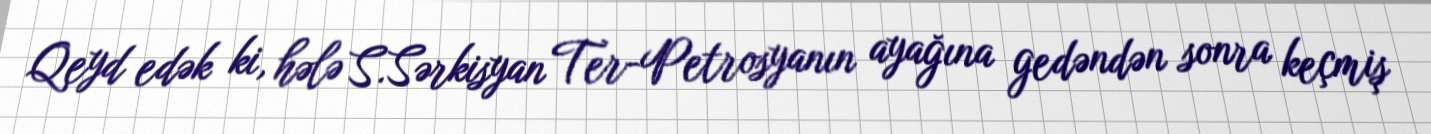
Qeyd edək ki, hələ S.Sərkisyan Ter-Petrosyanın ayağına gedəndən sonra keçmiş